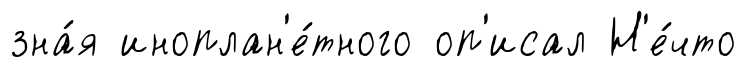
зна́я иноплан'е́тного оп'исал Н'е́что